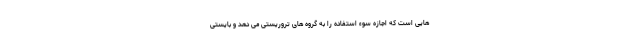
هایی است که اجازه سوء استفاده را به گروه های تروریستی می دهد و بایستی